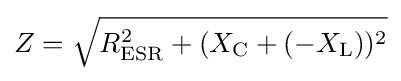
Z={\sqrt {R_{\mathrm {ESR} }^{2}+(X_{\mathrm {C} }+(-X_{\mathrm {L} }))^{2}}}